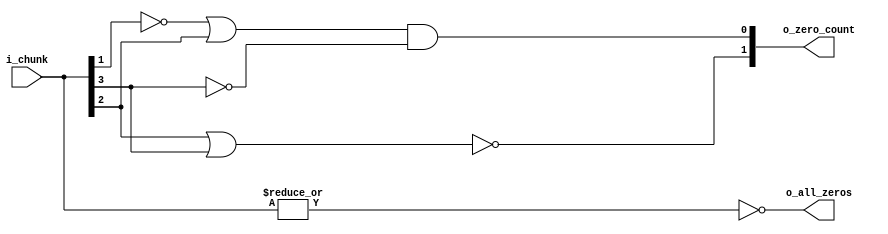
// 4 bit leading zero counter
module lzc(i_chunk, o_all_zeros, o_zero_count);

   input wire [3:0]  i_chunk;
   output wire       o_all_zeros;
   output wire [1:0] o_zero_count;
   

   assign o_all_zeros = ~|i_chunk;

   assign o_zero_count[0] = ((~i_chunk[1])|i_chunk[2]) & ~i_chunk[3];
   assign o_zero_count[1] = ~(i_chunk[2] | i_chunk[3]);

endmodule